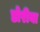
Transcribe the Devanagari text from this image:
डोरीया